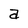
Character: a